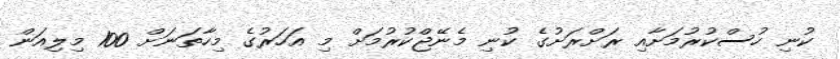
ކުނި ހުސްކުރުމަށާއި ރަށްރަށުގެ ކުނި މެނޭޖްކުރުމަށް މި އަހަރުގެ މިހާތަނަށް 100 މިލިއަން